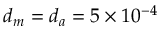
d _ { m } = d _ { a } = 5 \times 1 0 ^ { - 4 }